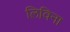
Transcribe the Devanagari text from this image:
लिविना